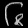
Digit: ၆